Leaving Certificate Examination (including Day School Certificate (Higher) General paper), 1932
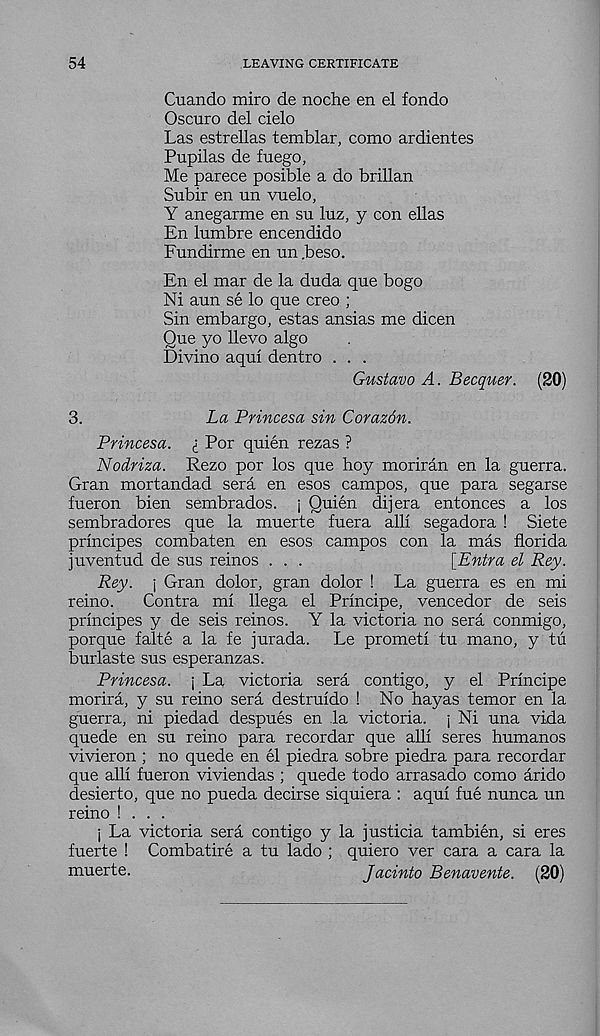
54
LEAVING CERTIFICATE
Cuando miro de noche en el fondo
Oscuro del cielo
Las estrellas temblar, como ardientes
Pupilas de fuego,
Me parece posible a do brillan
Subir en un vuelo,
Y anegarme en su luz, y con ellas
En lumbre encendido
Fundirme en un .beso.
En el mar de la duda que bogo
Ni aun se lo que creo ;
Sin embargo, estas ansias me dicen
Que yo llevo algo
Divino aqui dentro . . .
Gustavo A. Becquer. (20)
3.
La Princesa sin Corazdn.
Princes a. i Por quien rezas ?
Nodriza. Rezo por los que hoy moriran en la guerra.
Gran mortandad sera en esos campos, que para segarse
fueron bien sembrados. j Quien dijera entonces a los
sembradores que la muerte fuera alii segadora ! Siete
principes combaten en esos campos con la mas florida
juventud de sus reinos . . .
[Entra el Rey.
Rey. j Gran dolor, gran dolor ! La guerra es en mi
reino.
Contra mi llega el Principe, vencedor de seis
principes y de seis reinos. Y la victoria no sera conmigo,
porque falte a la fe jurada.
Le prometi tu mano, y tu
burlaste sus esperanzas.
Princesa. ; La victoria sera contigo, y el Principe
morira, y su reino sera destruido ! No hayas temor en la
guerra, ni piedad despues en la victoria, j Ni una vida
quede en su reino para recordar que alii seres humanos
vivieron ; no quede en el piedra sobre piedra para recordar
que alii fueron viviendas ; quede todo arrasado como arido
desierto, que no pueda decirse siquiera : aqui fue nunca un
reino ! . . .
j La victoria sera contigo y la justicia tambien, si eres
fuerte ! Combatire a tu lado ; quiero ver cara a cara la
muerte.
Jacinto Benavente. (20)